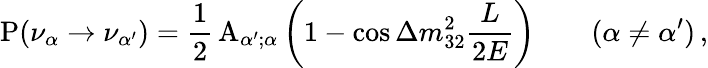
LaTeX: \mathrm{P}(\nu_{\alpha}\to\nu_{\alpha^{\prime}})=\frac{1}{2}\, \mathrm{A}_{{\alpha^{\prime}};\alpha}\left(1-\cos\Delta{m}_{32}^{2}\frac{L}{2E}\right)\qquad(\alpha\neq\alpha^{\prime})\, ,